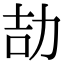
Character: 劼